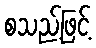
စသည့်ဖြင့်